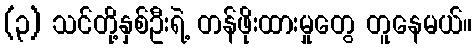
(၃) သင်တို့နှစ်ဦးရဲ့ တန်ဖိုးထားမှုတွေ တူနေမယ်။